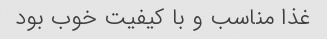
غذا مناسب و با کیفیت خوب بود